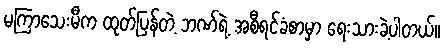
မကြာသေးမီက ထုတ်ပြန်တဲ့ ဘဏ်ရဲ့ အစီရင်ခံစာမှာ ရေးသားခဲ့ပါတယ်။